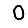
Digit: 0